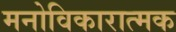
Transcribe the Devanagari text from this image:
मनोविकारात्मक